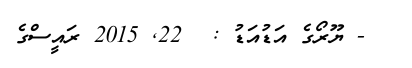
- ޔޫރޯގެ އަޑުއަޑު :  22